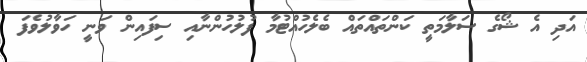
އަދި އެ ޝޯގެ ސަލާމަތީ ކަންތައްތައް ބެލެހުއްޓުމާ ފުލުހުންނާއި ސިފައިން ވަނީ ހަވާލުވެފަ